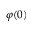
\varphi ( 0 )